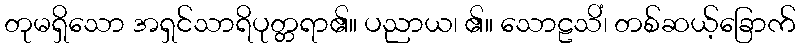
တုမရှိသော အရှင်သာရိပုတ္တရာ၏။ ပညာယ၊ ၏။ သောဠသိံ၊ တစ်ဆယ့်ခြောက်